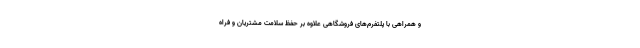
و همراهی با پلتفرم‌های فروشگاهی علاوه بر حفظ سلامت مشتریان و فراه